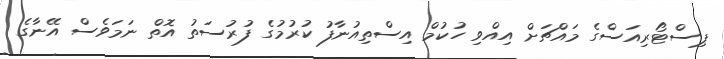
ޕިސްޓޯރިއަސްގެ މައްޗަށް އިއްވި ހުކުމް އިސްތިއުނާފު ކުރުމުގެ ފުރުސަތު އޮތް ނަމަވެސް އޭނާގެ